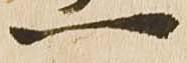
一